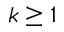
k \ge 1